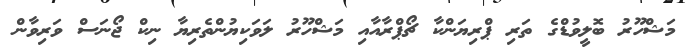
މަޝްހޫރު ބޮލީވުޑްގެ ތަރި ޕްރިޔަންކާ ޗޯޕްރާއާއި މަޝްހޫރު ލަވަކިޔުންތެރިޔާ ނިކް ޖޯނަސް ވަރިވާން